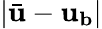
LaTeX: |\bar{\mathbf{u}}-\mathbf{u_{\mathbf{b}}}|